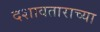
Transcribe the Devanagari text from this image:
दशावताराच्या